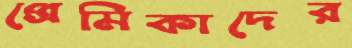
প্রেমিকাদের